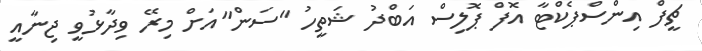
ޗީފް އިންސްޕެކްޓާ އޮފް ޕޮލިސް އަބްދު ޝަތީހު "ސަން"އަށް މިރޭ ވިދާޅުވީ ޖިނާއީ